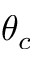
\theta _ { c }